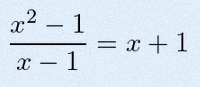
\frac{x^2-1}{x-1}=x+1